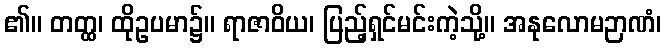
၏။ တတ္ထ၊ ထိုဥပမာ၌။ ရာဇာဝိယ၊ ပြည့်ရှင်မင်းကဲ့သို့။ အနုလောမဉာဏံ၊